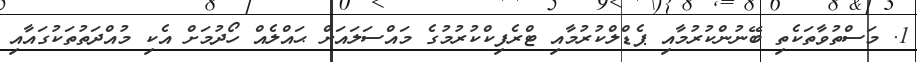
1. މަސްތުވާތަކެތި ބޭނުންކުރުމާއި ޕެޑްލްކުރުމާއި ޓްރެފިކްކުރުމުގެ މައްސަލައަށް ޙައްލެއް ހޯދުމަށް އެކި މުއްދަތުތަކުގައާއި